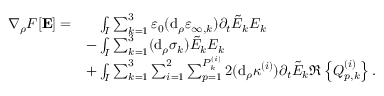
\begin{array} { r l } { \nabla _ { \rho } F [ \mathbf { E } ] = } & { \phantom { + } \int _ { I } \sum _ { k = 1 } ^ { 3 } \varepsilon _ { 0 } ( \mathrm { d } _ { \rho } \varepsilon _ { \infty , k } ) \partial _ { t } \tilde { E } _ { k } E _ { k } } \\ & { - \int _ { I } \sum _ { k = 1 } ^ { 3 } ( \mathrm { d } _ { \rho } \sigma _ { k } ) \tilde { E } _ { k } E _ { k } } \\ & { + \int _ { I } \sum _ { k = 1 } ^ { 3 } \sum _ { i = 1 } ^ { 2 } \sum _ { p = 1 } ^ { P _ { k } ^ { ( i ) } } 2 ( \mathrm { d } _ { \rho } \kappa ^ { ( i ) } ) \partial _ { t } \tilde { E } _ { k } \Re \left\{ Q _ { p , k } ^ { ( i ) } \right\} . } \end{array}